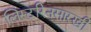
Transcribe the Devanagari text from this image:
लिस्टरिनसारखी